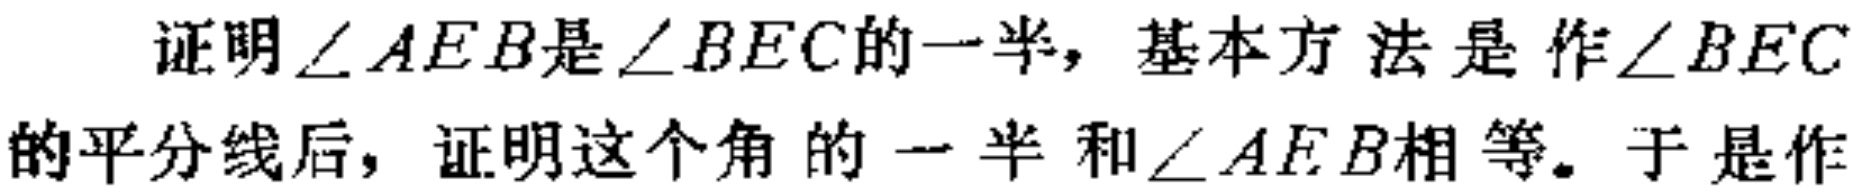
证明\(\angle AEB\)是\(\angle BEC\)的一半，基本方法是作\(\angle BEC\)的平分线后，证明这个角的一半和\(\angle AEB\)相等。于是作